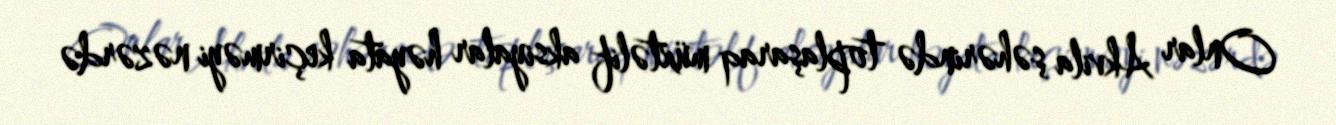
Onlar Akvila şəhərində toplaşaraq müxtəlif aksiyalar həyata keçirməyi nəzərdə